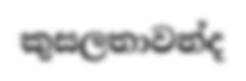
කුසලතාවන්ද